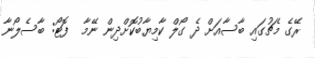
ރޭގެ މެޗުގައި ބާސާއަށް ދެ ގޯލް ކާމިޔާބުކޮށްދިން ނޭމާ  ފޮޓޯ: ބާސެލޯނާ